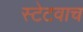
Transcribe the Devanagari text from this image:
स्टेटवाच